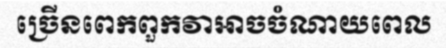
ច្រើនពេកពួកវាអាចចំណាយពេល